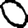
Digit: 0